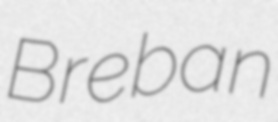
Breban